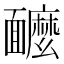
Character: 𩉌